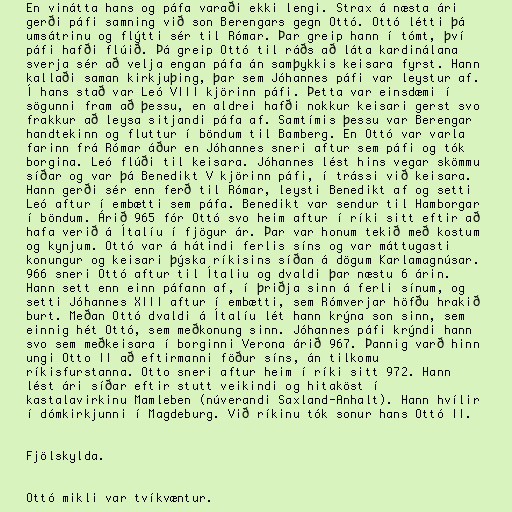
En vinátta hans og páfa varaði ekki lengi. Strax á næsta ári
gerði páfi samning við son Berengars gegn Ottó. Ottó létti þá
umsátrinu og flýtti sér til Rómar. Þar greip hann í tómt, því
páfi hafði flúið. Þá greip Ottó til ráðs að láta kardinálana
sverja sér að velja engan páfa án samþykkis keisara fyrst. Hann
kallaði saman kirkjuþing, þar sem Jóhannes páfi var leystur af.
Í hans stað var Leó VIII kjörinn páfi. Þetta var einsdæmi í
sögunni fram að þessu, en aldrei hafði nokkur keisari gerst svo
frakkur að leysa sitjandi páfa af. Samtímis þessu var Berengar
handtekinn og fluttur í böndum til Bamberg. En Ottó var varla
farinn frá Rómar áður en Jóhannes sneri aftur sem páfi og tók
borgina. Leó flúði til keisara. Jóhannes lést hins vegar skömmu
síðar og var þá Benedikt V kjörinn páfi, í trássi við keisara.
Hann gerði sér enn ferð til Rómar, leysti Benedikt af og setti
Leó aftur í embætti sem páfa. Benedikt var sendur til Hamborgar
í böndum. Árið 965 fór Ottó svo heim aftur í ríki sitt eftir að
hafa verið á Ítalíu í fjögur ár. Þar var honum tekið með kostum
og kynjum. Ottó var á hátindi ferlis síns og var máttugasti
konungur og keisari þýska ríkisins síðan á dögum Karlamagnúsar.
966 sneri Ottó aftur til Ítaliu og dvaldi þar næstu 6 árin.
Hann sett enn einn páfann af, í þriðja sinn á ferli sínum, og
setti Jóhannes XIII aftur í embætti, sem Rómverjar höfðu hrakið
burt. Meðan Ottó dvaldi á Ítalíu lét hann krýna son sinn, sem
einnig hét Ottó, sem meðkonung sinn. Jóhannes páfi krýndi hann
svo sem meðkeisara í borginni Verona árið 967. Þannig varð hinn
ungi Otto II að eftirmanni föður síns, án tilkomu
ríkisfurstanna. Otto sneri aftur heim í ríki sitt 972. Hann
lést ári síðar eftir stutt veikindi og hitaköst í
kastalavirkinu Mamleben (núverandi Saxland-Anhalt). Hann hvílir
í dómkirkjunni í Magdeburg. Við ríkinu tók sonur hans Ottó II.

Fjölskylda.

Ottó mikli var tvíkvæntur.